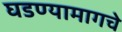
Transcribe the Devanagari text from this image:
घडण्यामागचे